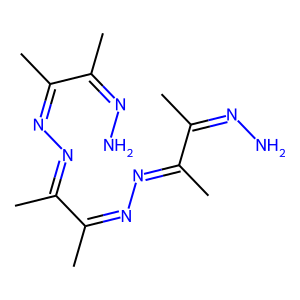
SMILES: CC(=NN)C(C)=NN=C(C)C(C)=NN=C(C)C(C)=NN
Inhibits HIV replication: No